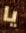
يا